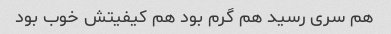
هم سری رسید هم گرم بود هم کیفیتش خوب بود